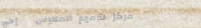
مركز لترميم الملابس   إحي